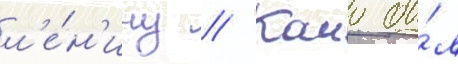
л'е́н'ину // Камо бы́л